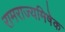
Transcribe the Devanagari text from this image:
रामराज्यमिषेक